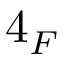
4 _ { F }